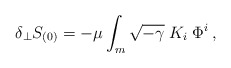
\begin{align*}\delta_{\perp} S_{(0)} =- \mu \int_m \sqrt{-\gamma}\; K_i \; \Phi^i\,,\end{align*}